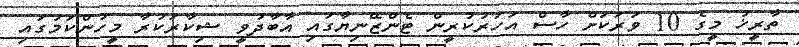
ތާރީޚު މީގެ 10 ވަރަކަށް ހާސް އަހަރުކުރީން ޓެންޒޭނިޔާގައި އާބާދުވީ ޝިކާރަކުރާ މީހުންކަމުގައި